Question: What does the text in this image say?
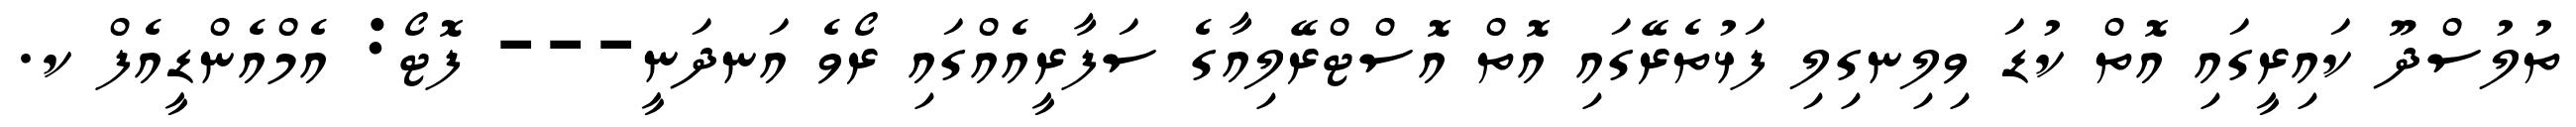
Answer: ތުލުސްދޫ ކައިރީގައި އޮތް ކުޑަ ވިލިނގިލި ފަޅުތެރޭގައި އޮތް އޮސްޓްރޭލިއާގެ ސަފާރީއެއްގައި ރޯވެ އަނދަނީ--- ފޮޓޯ: އެމްއެންޑީއެފް ކ.